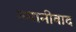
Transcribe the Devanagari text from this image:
रुमानीवाद